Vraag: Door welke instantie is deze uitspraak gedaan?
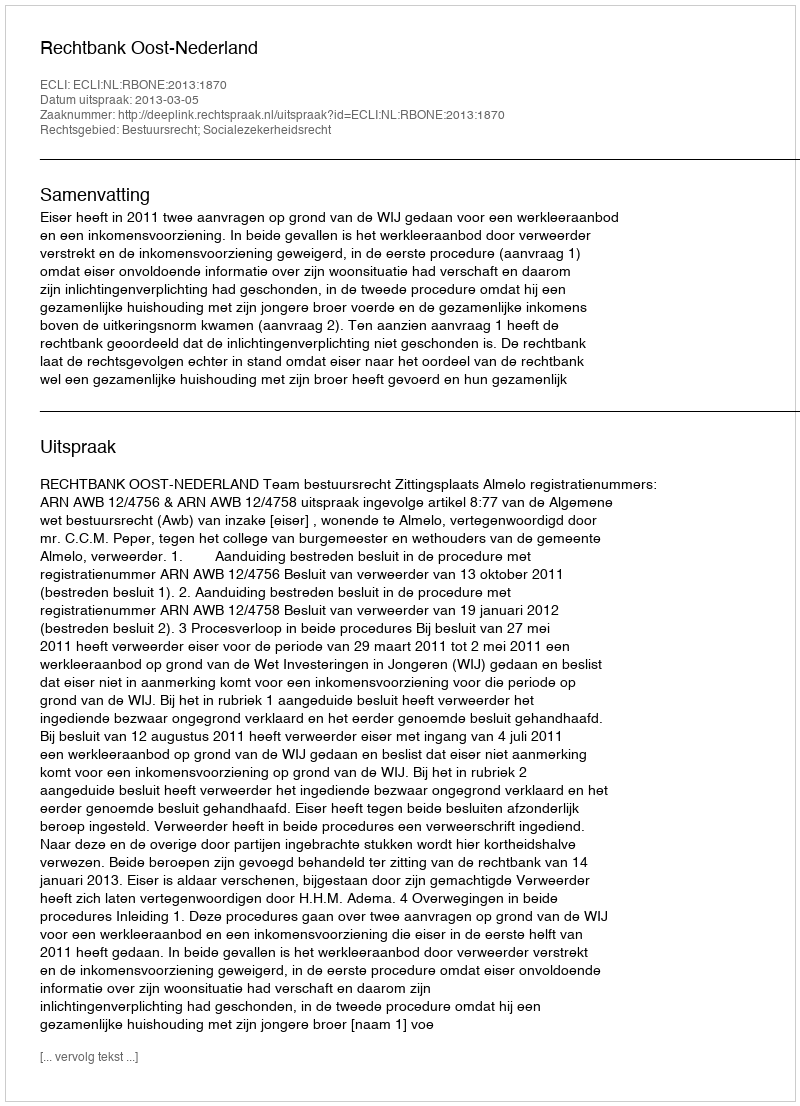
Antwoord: Rechtbank Oost-Nederland